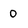
Character: 0